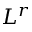
L ^ { r }